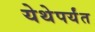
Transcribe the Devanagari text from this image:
येथेपर्यंत